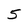
Character: 5